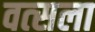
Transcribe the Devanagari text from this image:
वत्‍सला